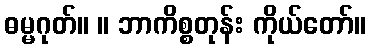
ဓမ္မဂုတ်။ ။ ဘာကိစ္စတုန်း ကိုယ်တော်။